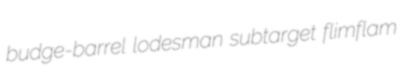
budge-barrel lodesman subtarget flimflam